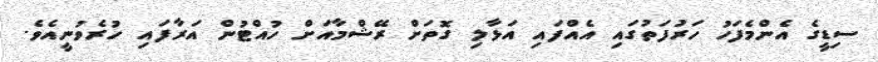
ސިޑީގެ އެންމެފަހު ހަރުފަތުގައި އެއްފައި އަޅާލި ގޮތަށް ރޭޝްމާއަށް ހުއްޓުން އަރާފައި ހުރެވުނީއެވެ.